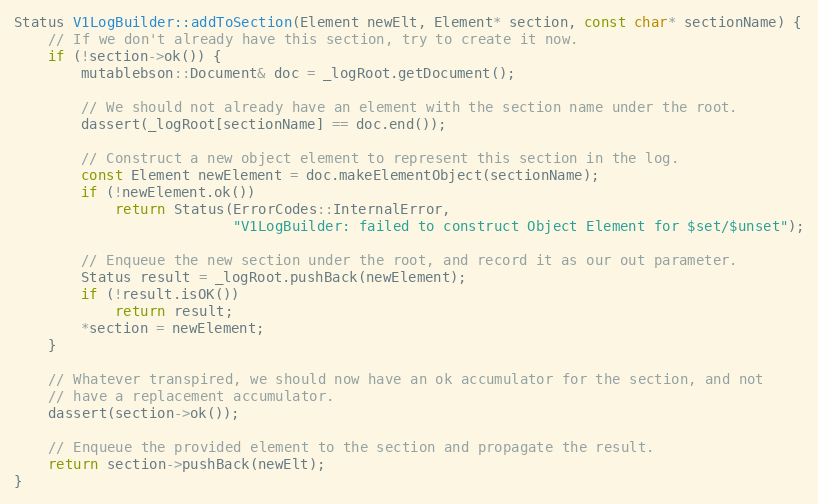
Language: C++
Status V1LogBuilder::addToSection(Element newElt, Element* section, const char* sectionName) {
    // If we don't already have this section, try to create it now.
    if (!section->ok()) {
        mutablebson::Document& doc = _logRoot.getDocument();

        // We should not already have an element with the section name under the root.
        dassert(_logRoot[sectionName] == doc.end());

        // Construct a new object element to represent this section in the log.
        const Element newElement = doc.makeElementObject(sectionName);
        if (!newElement.ok())
            return Status(ErrorCodes::InternalError,
                          "V1LogBuilder: failed to construct Object Element for $set/$unset");

        // Enqueue the new section under the root, and record it as our out parameter.
        Status result = _logRoot.pushBack(newElement);
        if (!result.isOK())
            return result;
        *section = newElement;
    }

    // Whatever transpired, we should now have an ok accumulator for the section, and not
    // have a replacement accumulator.
    dassert(section->ok());

    // Enqueue the provided element to the section and propagate the result.
    return section->pushBack(newElt);
}